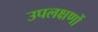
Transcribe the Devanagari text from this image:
उपलक्षणों